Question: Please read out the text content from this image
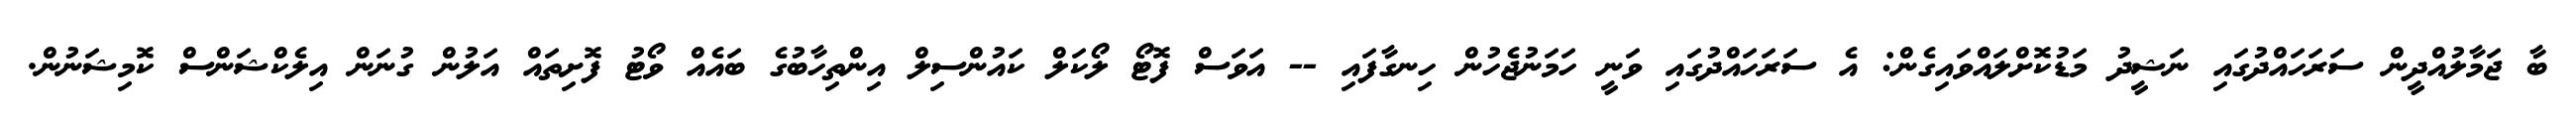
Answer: ބާ ޖަމާލުއްދީން ސަރަހައްދުގައި ނަޝީދު މަޑުކޮށްލައްވައިގެން: އެ ސަރަހައްދުގައި ވަނީ ހަމަނުޖެހުން ހިނގާފައި -- އަވަސް ފޮޓޯ ލޯކަލް ކައުންސިލް އިންތިހާބުގެ ބައެއް ވޯޓު ފޮށިތައް އަލުން ގުނަން އިލެކްޝަންސް ކޮމިޝަނުން.